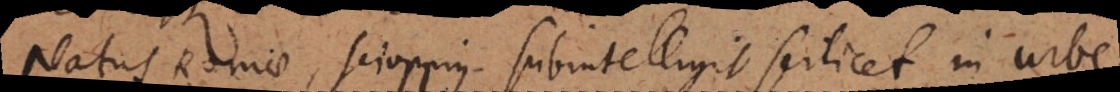
Natus Romae, Scioppius subintelligit scilicet in urbe.